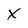
Character: x